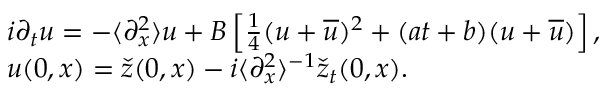
\begin{array} { r l } & { i \partial _ { t } u = - \langle \partial _ { x } ^ { 2 } \rangle u + B \left[ \frac { 1 } { 4 } ( u + \overline { { u } } ) ^ { 2 } + ( a t + b ) ( u + \overline { { u } } ) \right] , } \\ & { u ( 0 , x ) = \check { z } ( 0 , x ) - i \langle \partial _ { x } ^ { 2 } \rangle ^ { - 1 } \check { z } _ { t } ( 0 , x ) . } \end{array}